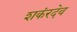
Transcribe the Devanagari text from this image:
शकंरदेव